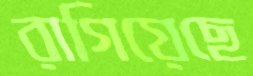
রাগিয়েছে